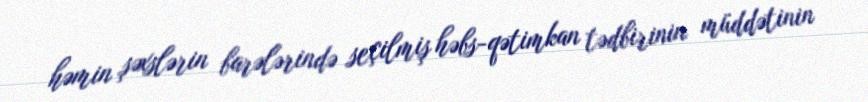
həmin şəxslərin barələrində seçilmiş həbs-qətimkan tədbirinin müddətinin